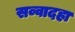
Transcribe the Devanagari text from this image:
सव्वादहा